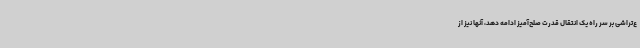
ع‌تراشی بر سر راه یک انتقال قدرت صلح‌آمیز ادامه دهد، آنها نیز از